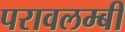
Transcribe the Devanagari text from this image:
परावलम्बी